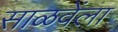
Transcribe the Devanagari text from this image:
साळवेंला